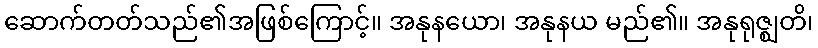
ဆောက်တတ်သည်၏အဖြစ်ကြောင့်။ အနုနယော၊ အနုနယ မည်၏။ အနုရုဇ္ဈတိ၊